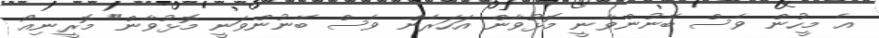
އެ މީހުން ވެސް ބޭނުންވާނީ މޮޅުވާން އަހަރެން ވެސް ބޭނުންވަނީ މޮޅުވާން" މޮރީނިއޯ